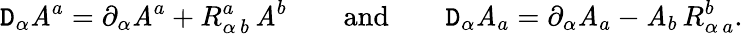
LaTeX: \mathtt{D}_{\alpha}\mathit{A}^{a}=\partial_{\alpha}\mathit{A}^{a}+R_{\alpha\, b}^{a}\, \mathit{A}^{b}\qquad\mathrm{{and}}\qquad\mathtt{D}_{\alpha}\mathit{A}_{a}=\partial_{\alpha}\mathit{A}_{a}-\mathit{A}_{b}\, R_{\alpha\, a}^{b}.